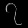
Digit: ၇